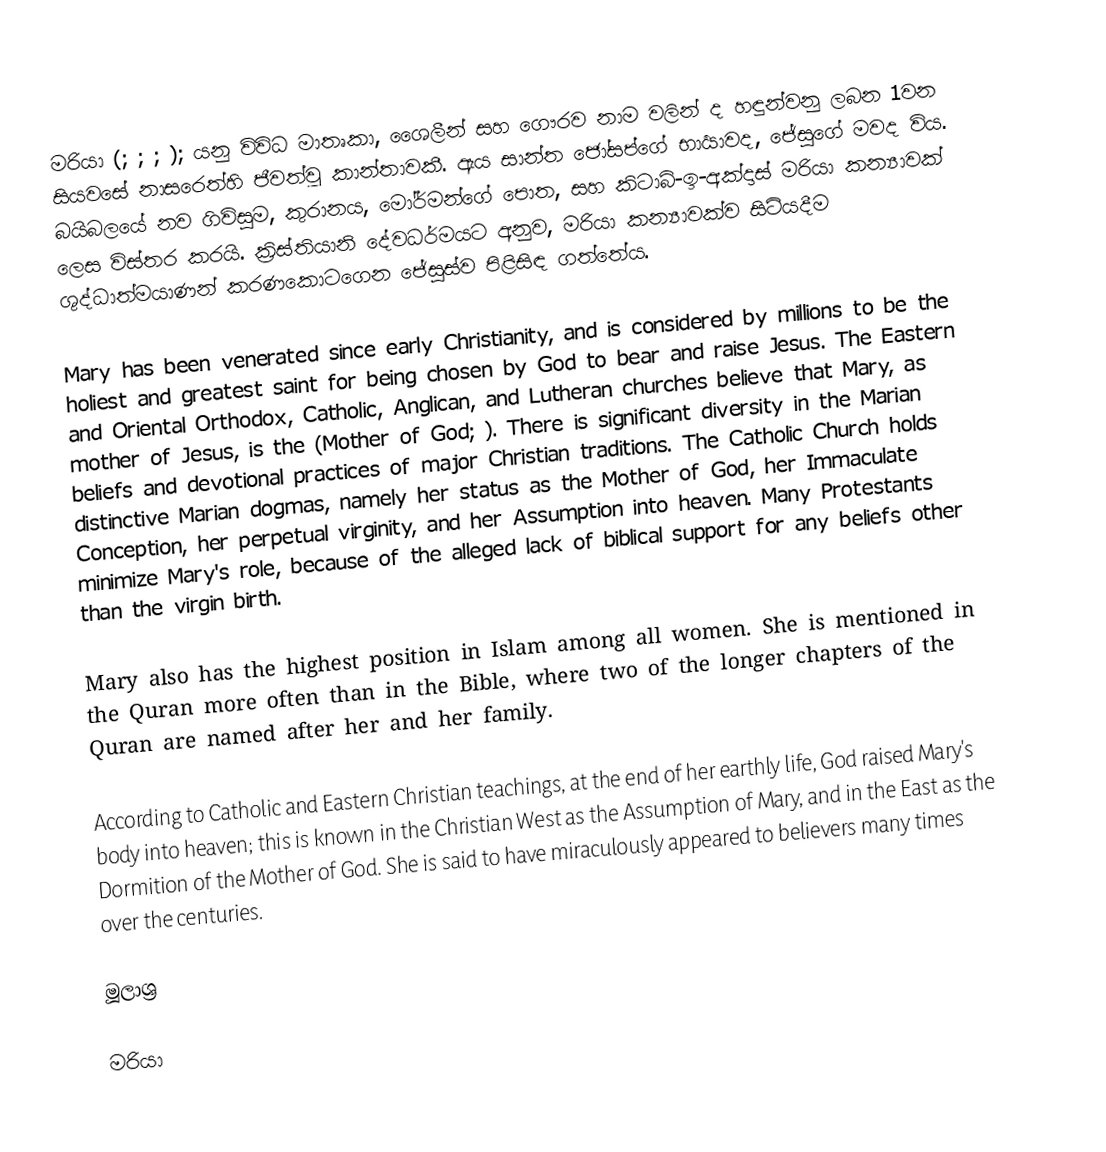
මරියා (; ; ; ); යනු විවිධ මාතෘකා, ශෛලීන් සහ ගෞරව නාම වලින් ද හඳුන්වනු ලබන 1වන සියවසේ නාසරෙත්හි ජීවත්වූ කාන්තාවකී. ඇය සාන්ත ජෝසප්ගේ භාර්‍යාවද, ජේසුගේ මවද විය. බයිබලයේ නව ගිවිසුම, කුරානය, මෝර්මන්ගේ පොත, සහ කිටාබ්-ඉ-අක්දාස් මරියා කන්‍යාවක් ලෙස විස්තර කරයි. ක්‍රිස්තියානි දේවධර්මයට අනුව, මරියා කන්‍යාවක්ව සිටියදීම ශුද්ධාත්මයාණන් කරණකොටගෙන ජේසුස්ව පිළිසිඳ ගත්තේය.

Mary has been venerated since early Christianity, and is considered by millions to be the holiest and greatest saint for being chosen by God to bear and raise Jesus. The Eastern and Oriental Orthodox, Catholic, Anglican, and Lutheran churches believe that Mary, as mother of Jesus, is the  (Mother of God; ). There is significant diversity in the Marian beliefs and devotional practices of major Christian traditions. The Catholic Church holds distinctive Marian dogmas, namely her status as the Mother of God, her Immaculate Conception, her perpetual virginity, and her Assumption into heaven. Many Protestants minimize Mary's role, because of the alleged lack of biblical support for any beliefs other than the virgin birth.

Mary also has the highest position in Islam among all women. She is mentioned in the Quran more often than in the Bible, where two of the longer chapters of the Quran are named after her and her family.

According to Catholic and Eastern Christian teachings, at the end of her earthly life, God raised Mary's body into heaven; this is known in the Christian West as the Assumption of Mary, and in the East as the Dormition of the Mother of God. She is said to have miraculously appeared to believers many times over the centuries.

මූලාශ්‍ර

මරියා